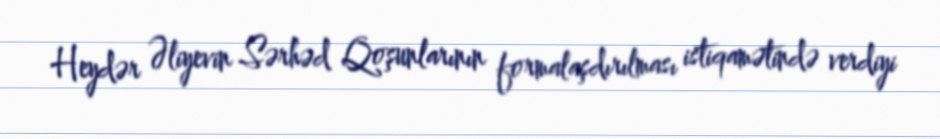
Heydər Əliyevin Sərhəd Qoşunlarının formalaşdırılması istiqamətində verdiyi